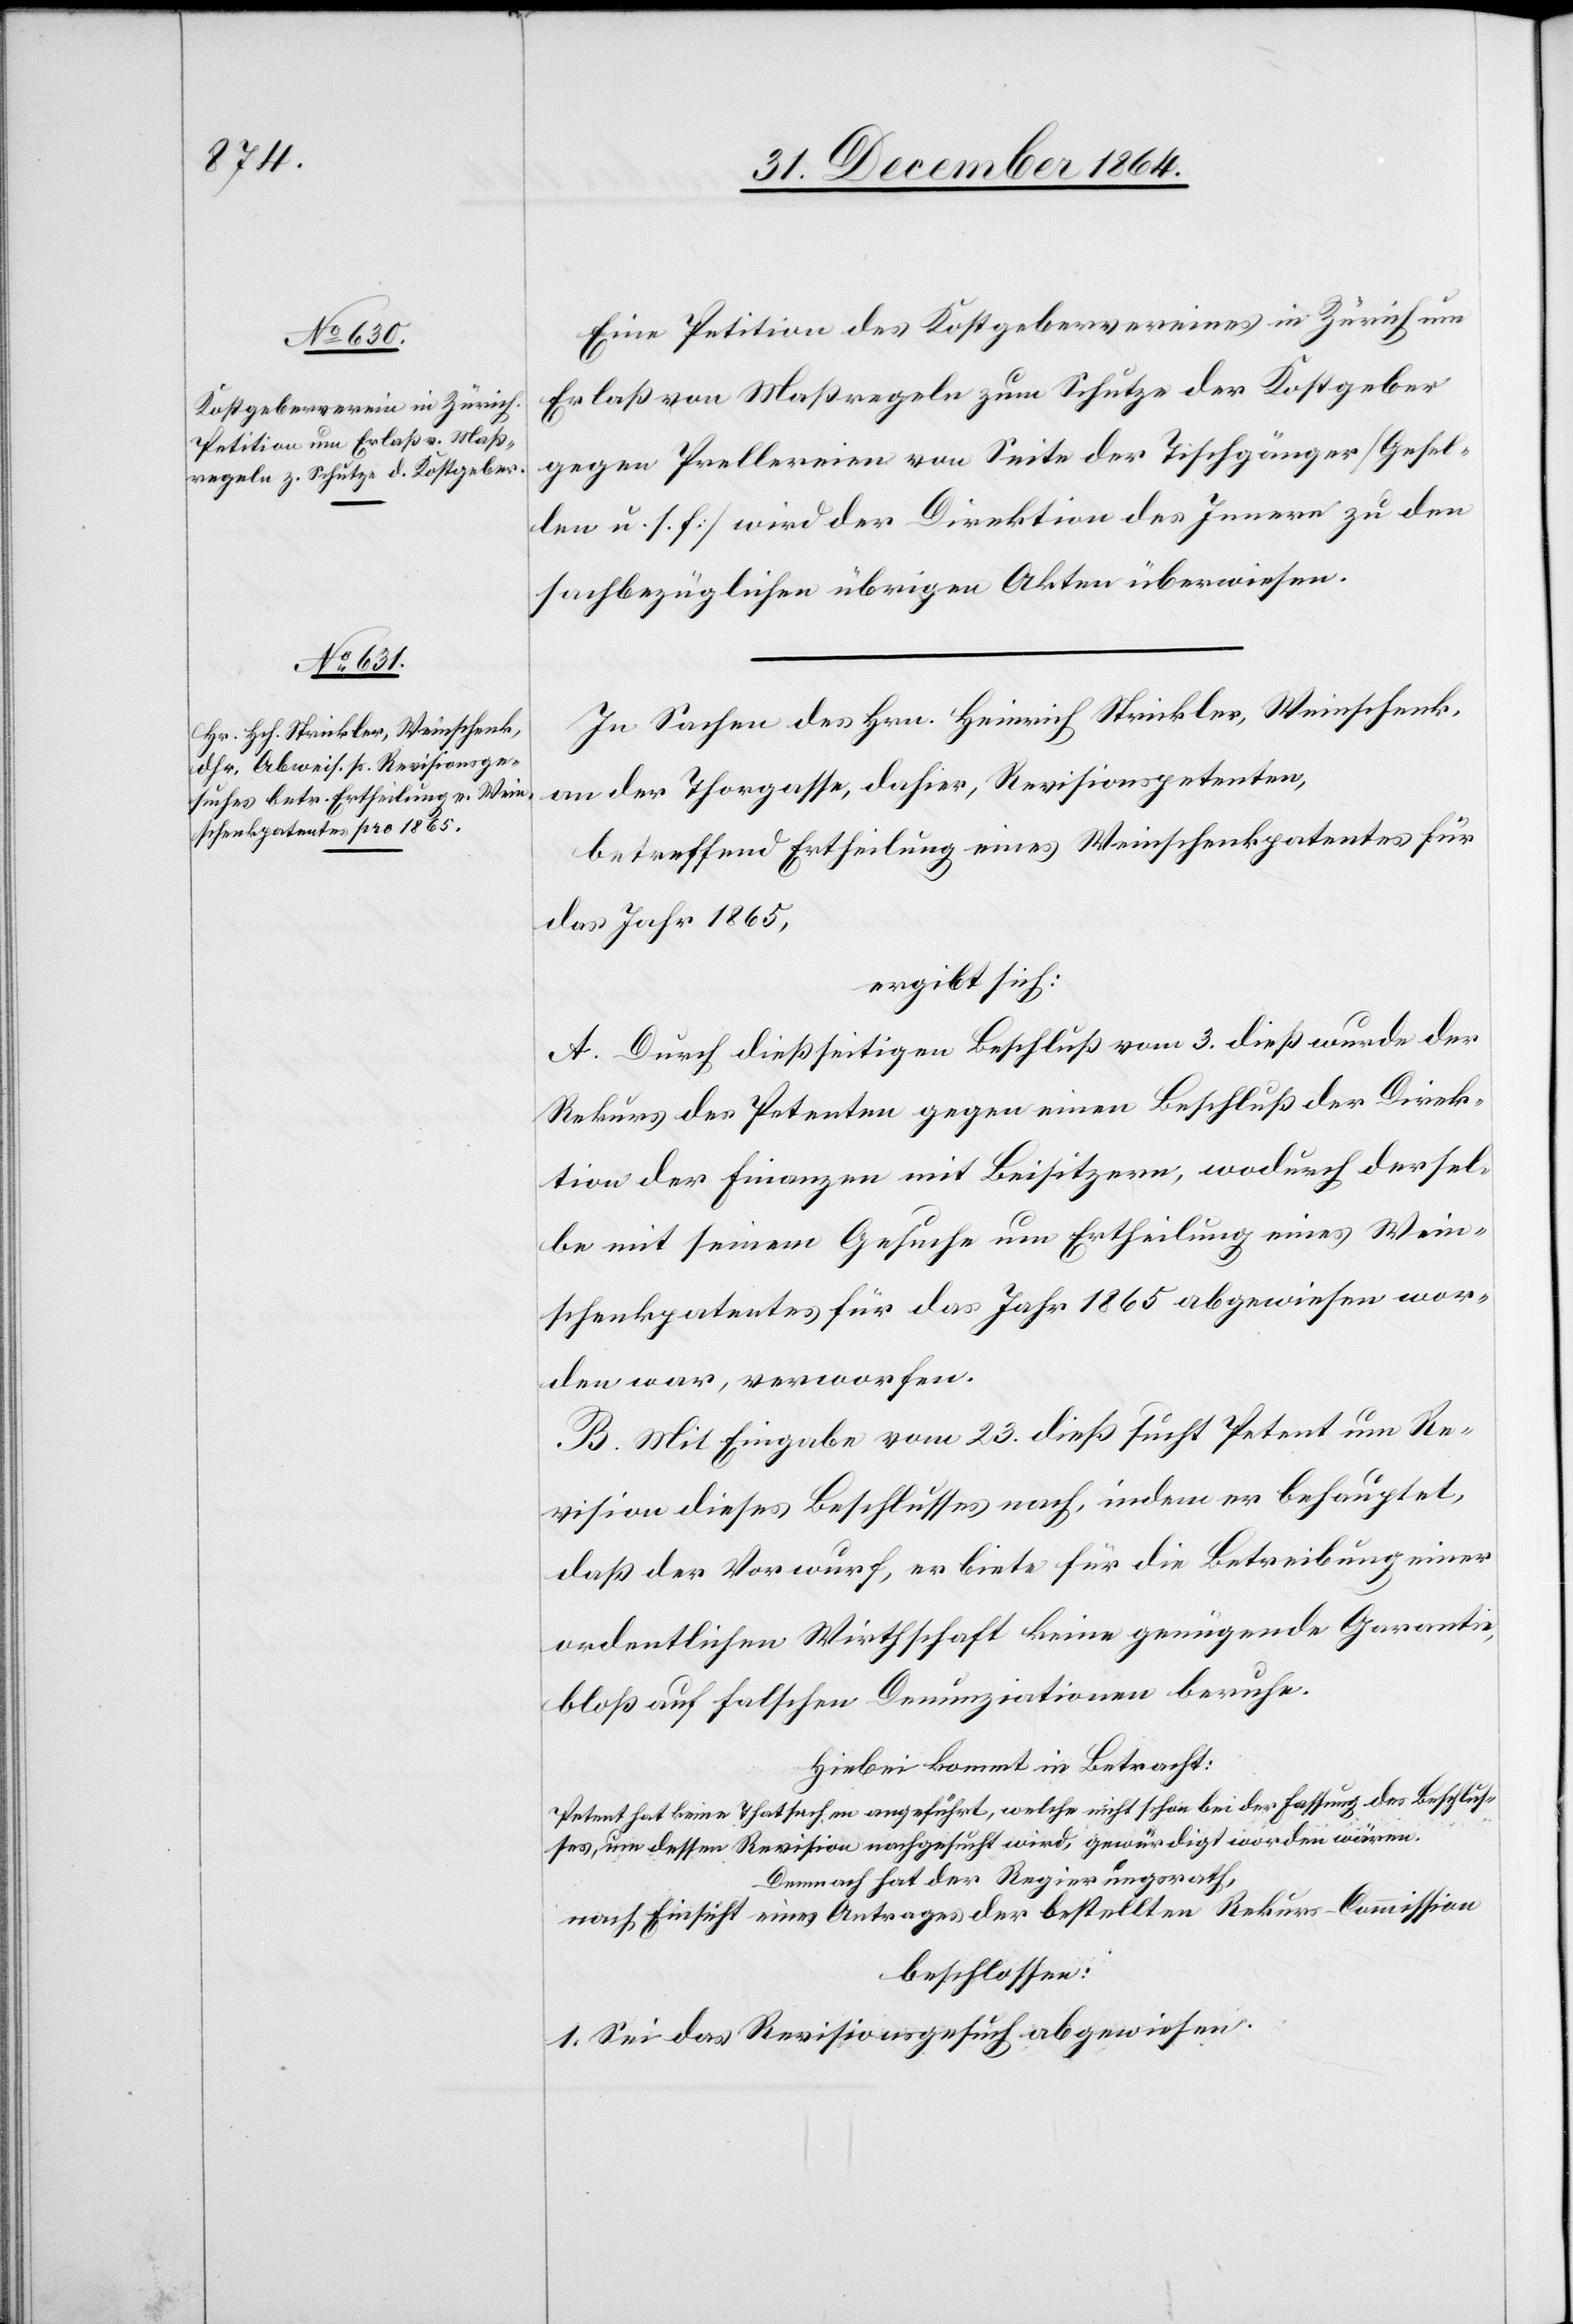
Eine Petition des Kostgebervereines in Zürich um
Erlaß von Maßregeln zum Schutze der Kostgeber
gegen Prellereien von Seite der Tischgänger [Gesel¬
len u. s. f.] wird der Direktion des Innern zu den
sachbezüglichen übrigen Akten überwiesen.
In Sachen des Hrn. Heinrich Strickler, Weinschenk,
an der Thorgasse, dahier, Revisionspetenten,
betreffend Ertheilung eines Weinschenkpatentes für
das Jahr 1865,
ergibt sich:
A. Durch dießseitigen Beschluß vom 3. dieß wurde der
Rekurs des Petenten gegen einen Beschluß der Direk¬
tion der Finanzen mit Beisitzern, wodurch dersel¬
be mit seinem Gesuche um Ertheilung eines Wein¬
schenkpatentes für das Jahr 1865 abgewiesen wor¬
den war, verworfen.
B. Mit Eingabe vom 23. dieß sucht Petent um Re¬
vision dieses Beschlusses nach, indem er behauptet,
daß der Vorwurf, er biete für die Betreibung einer
ordentlichen Wirthschaft keine genügende Garantie,
bloß auf falschen Denunzationen beruhe.
Hiebei kommt in Betracht:
Petent hat keine Thatsachen angeführt, welche nicht schon bei der Fassung des Beschlus¬
ses, um dessen Revision nachgesucht wird, gewürdigt worden wären.
Demnach hat der Regierungsrath,
nach Einsicht eines Antrages der bestellten Rekurs-Commission
beschlossen:
1. Sei das Revisionsgesuch abgewiesen.